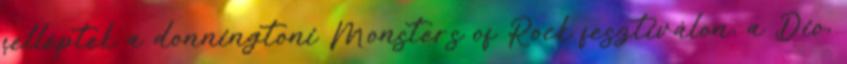
felléptek a donningtoni Monsters of Rock fesztiválon, a Dio,